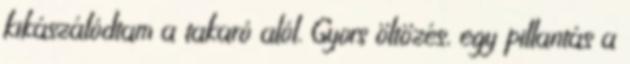
kikászálódtam a takaró alól. Gyors öltözés, egy pillantás a